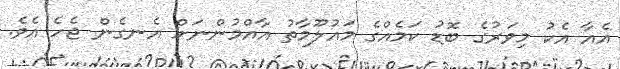
އެއާ އެކު މިވަރުގެ ބޮޮޑު ކަމެއްގެ މައުލޫމާތު އާއްމުންނަށް އެނގެން ޖެހެ އެވެ.